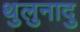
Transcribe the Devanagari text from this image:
थुलुनादु